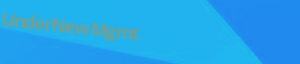
UnderNewMgmt